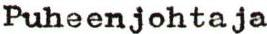
Puheenjohtaja